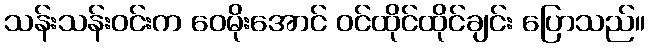
သန်းသန်းဝင်းက ဝေမိုးအောင် ဝင်ထိုင်ထိုင်ချင်း ပြောသည်။